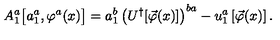
A _ { 1 } ^ { a } \big [ a _ { 1 } ^ { a } , \varphi ^ { a } ( x ) \big ] = a _ { 1 } ^ { b } \left( U ^ { \dagger } [ \vec { \varphi } ( x ) ] \right) ^ { b a } - u _ { 1 } ^ { a } \left[ \vec { \varphi } ( x ) \right] .